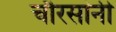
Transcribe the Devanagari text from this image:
चौरसांनी